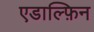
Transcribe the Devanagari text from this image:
एडाल्फ़िन